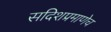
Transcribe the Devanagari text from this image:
सदिशप्रमाणेच